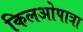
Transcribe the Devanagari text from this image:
किलओपात्रा